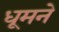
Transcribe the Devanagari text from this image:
धूमने